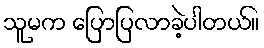
သူမက ပြောပြလာခဲ့ပါတယ်။